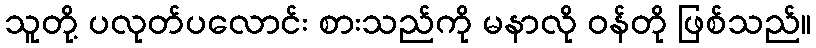
သူတို့ ပလုတ်ပလောင်း စားသည်ကို မနာလို ဝန်တို ဖြစ်သည်။